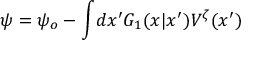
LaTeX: \psi = \psi _ { o } - \int \! d x ^ { \prime } { \cal G } _ { 1 } ( x | x ^ { \prime } ) V ^ { \zeta } ( x ^ { \prime } )